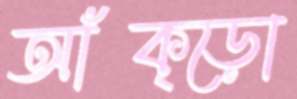
আঁক্‌ড়ো